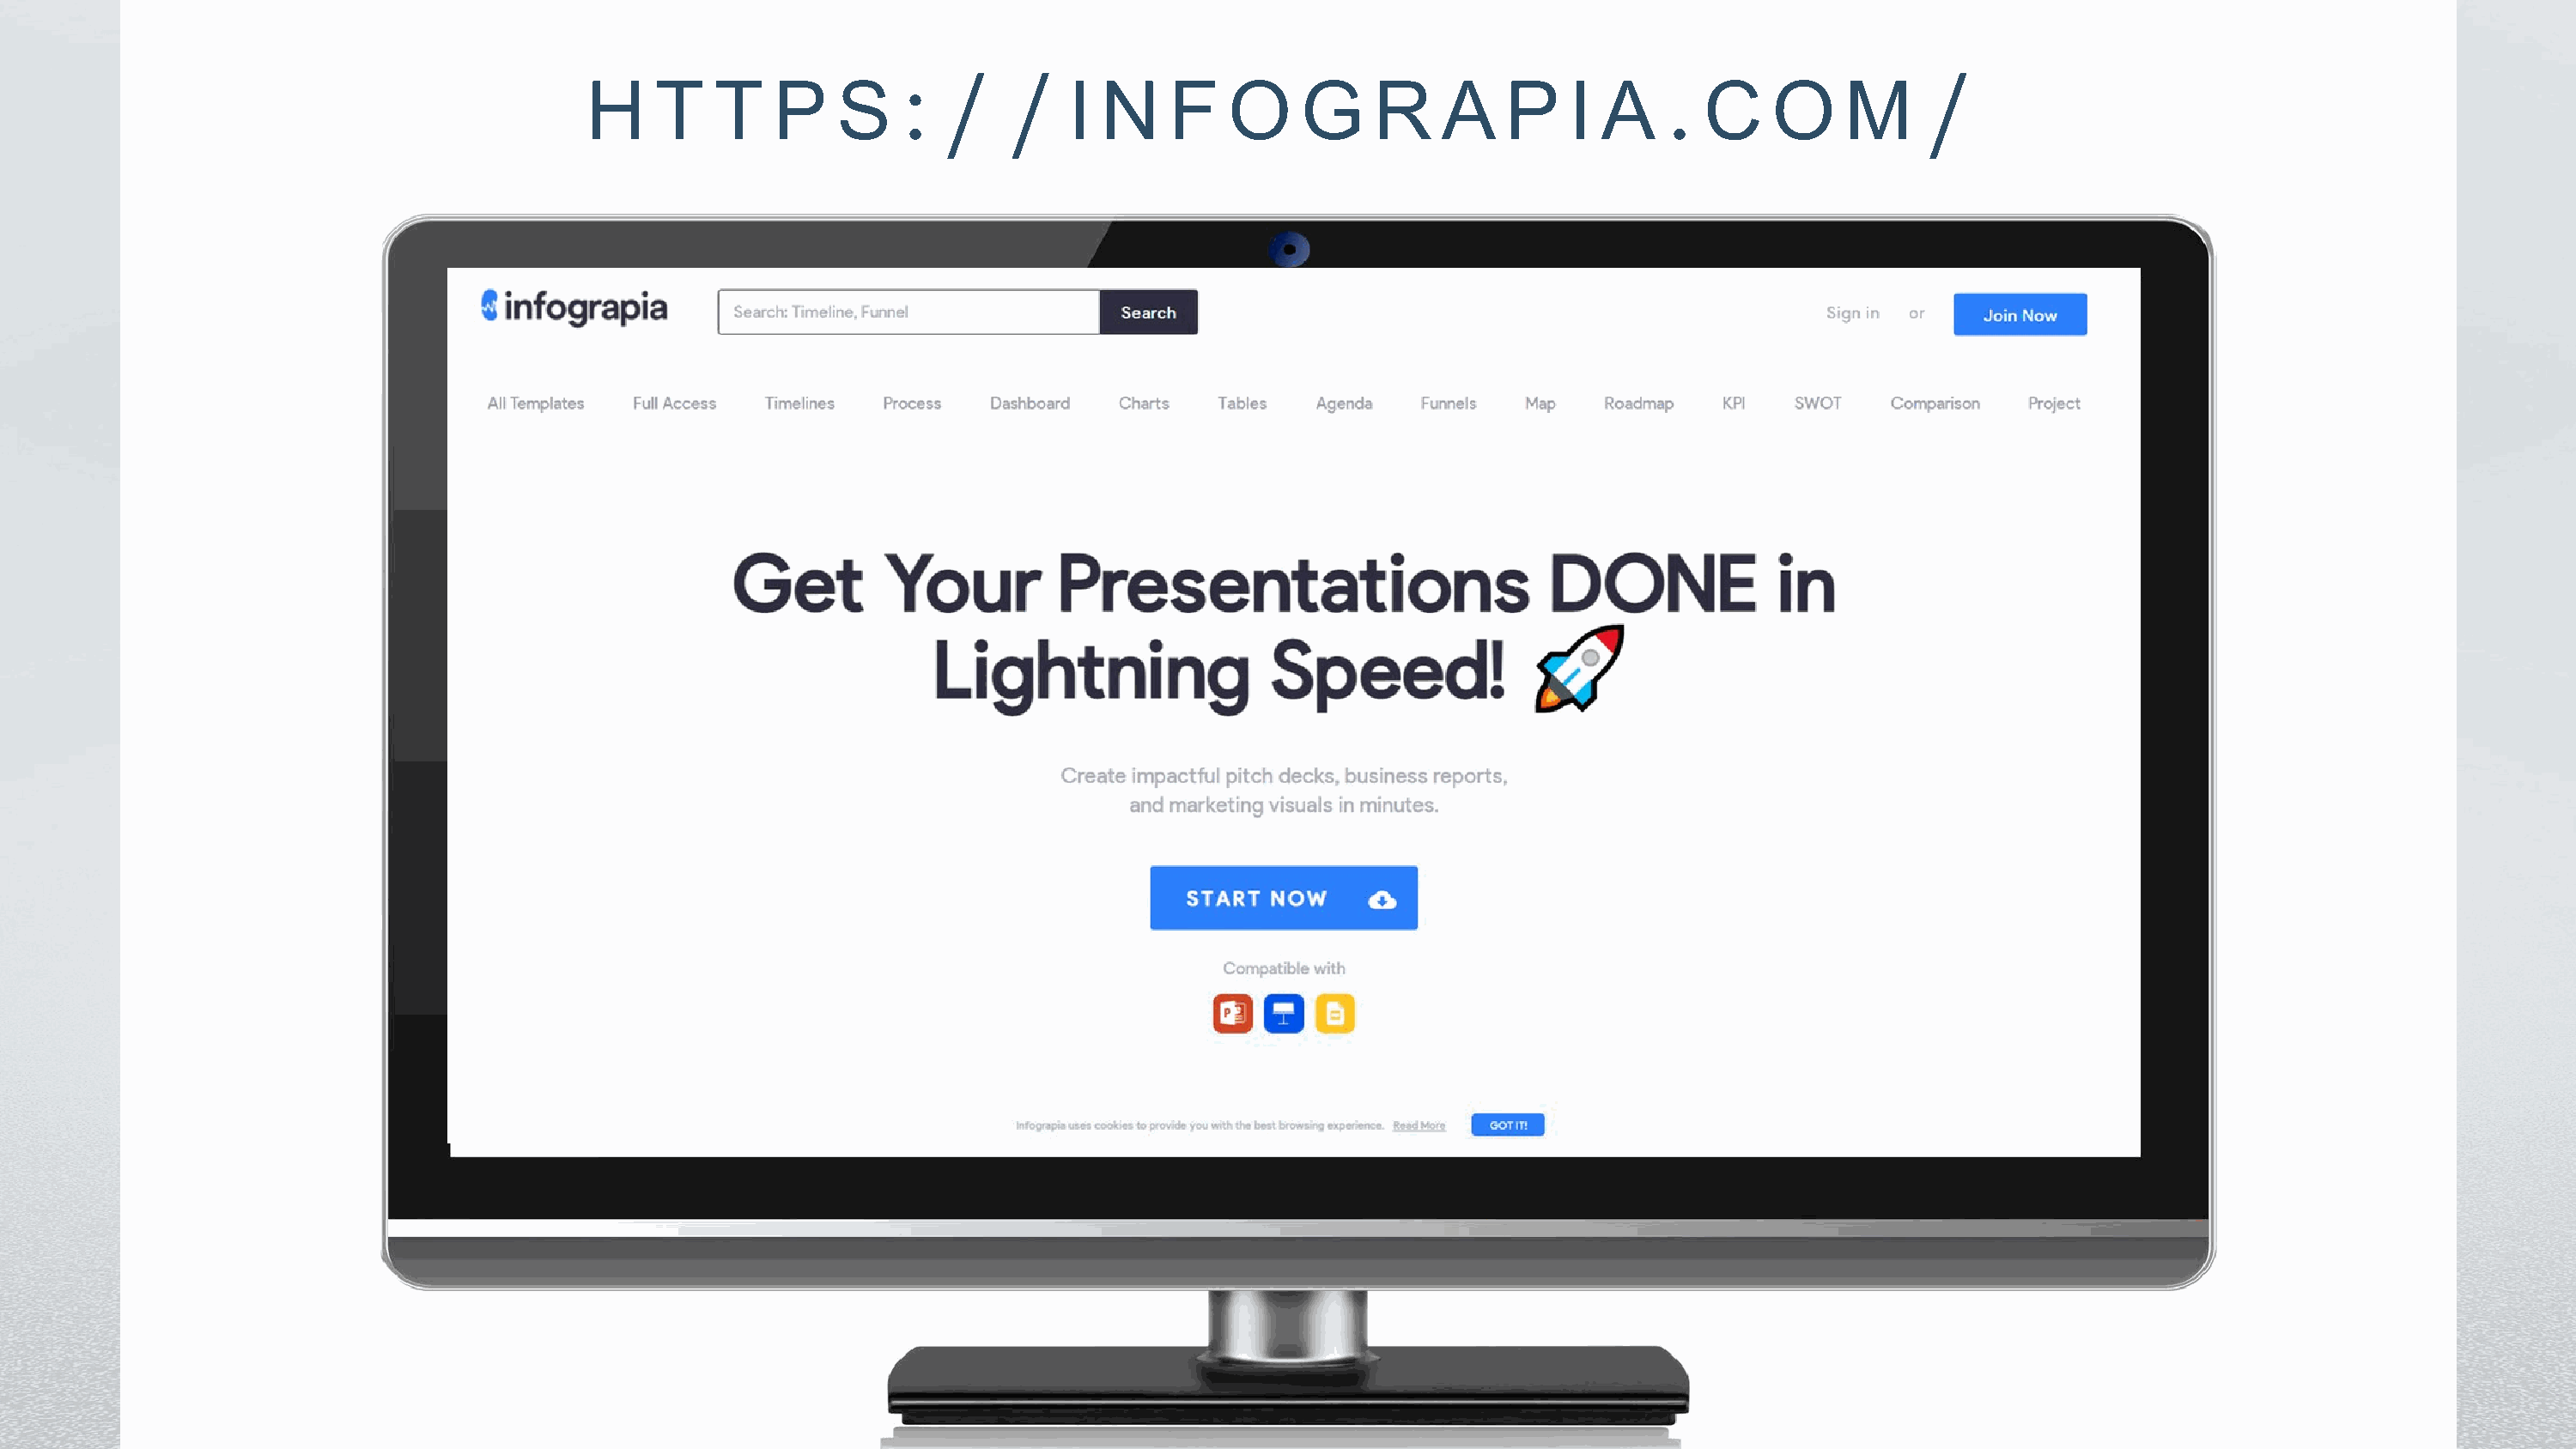
:  /    /                                                  .                   /
 H    T    T    P    S                I  N    F    O    G     R    A    P    I A       C     O    M